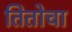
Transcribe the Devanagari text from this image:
तितोचा